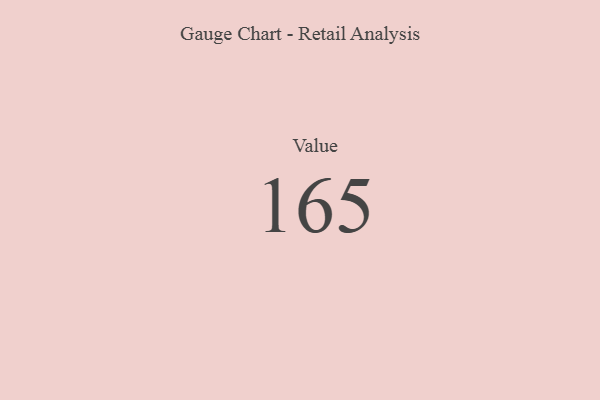
{"axis": {"x": "Metric", "y": "Value"}, "legend": [""], "data": [{"x": "Value", "y": 165, "type": ""}]}